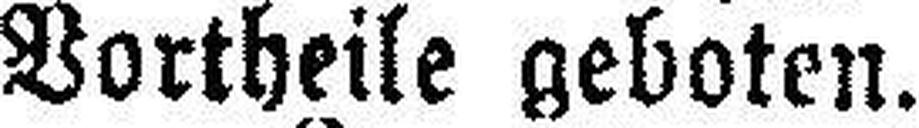
Vortheile geboten.